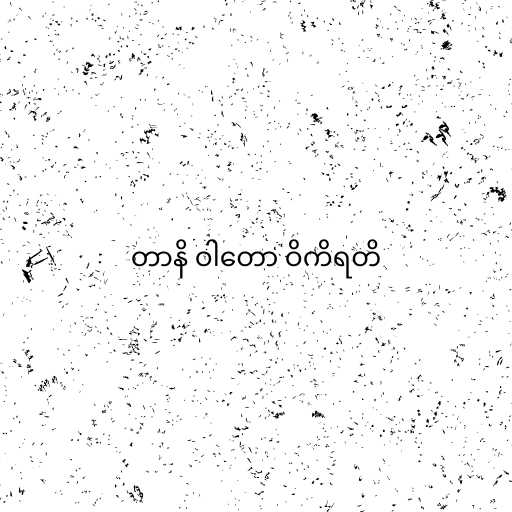
တာနိ ဝါတော ဝိကိရတိ